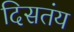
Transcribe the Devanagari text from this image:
दिसतंय